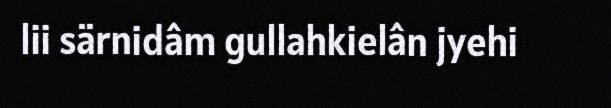
lii särnidâm gullahkielân jyehi